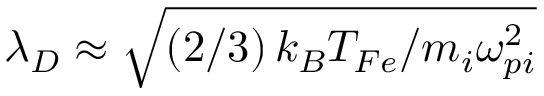
\lambda _ { D } \approx \sqrt { \left( 2 / 3 \right) k _ { B } T _ { F e } / { m _ { i } \omega _ { p i } ^ { 2 } } }